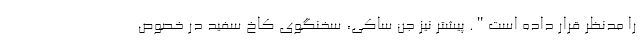
را مدنظر قرار داده است". پیشتر نیز جن ساکی، سخنگوی کاخ سفید در خصوص